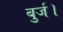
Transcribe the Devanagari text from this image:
बुर्ज।